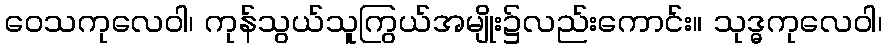
ဝေသကုလေဝါ၊ ကုန်သွယ်သူကြွယ်အမျိုး၌လည်းကောင်း။ သုဒ္ဓကုလေဝါ၊